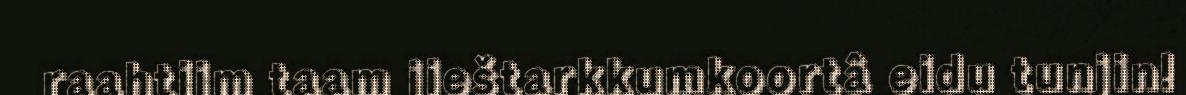
raahtijm taam jieštarkkumkoortâ eidu tunjin!